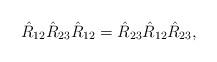
LaTeX: \begin{align*}\hat{R}_{12}\hat{R}_{23}\hat{R}_{12}=\hat{R}_{23}\hat{R}_{12}\hat{R}_{23},\end{align*}